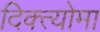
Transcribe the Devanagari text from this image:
दिक्त्योमा